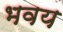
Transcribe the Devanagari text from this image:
भवय